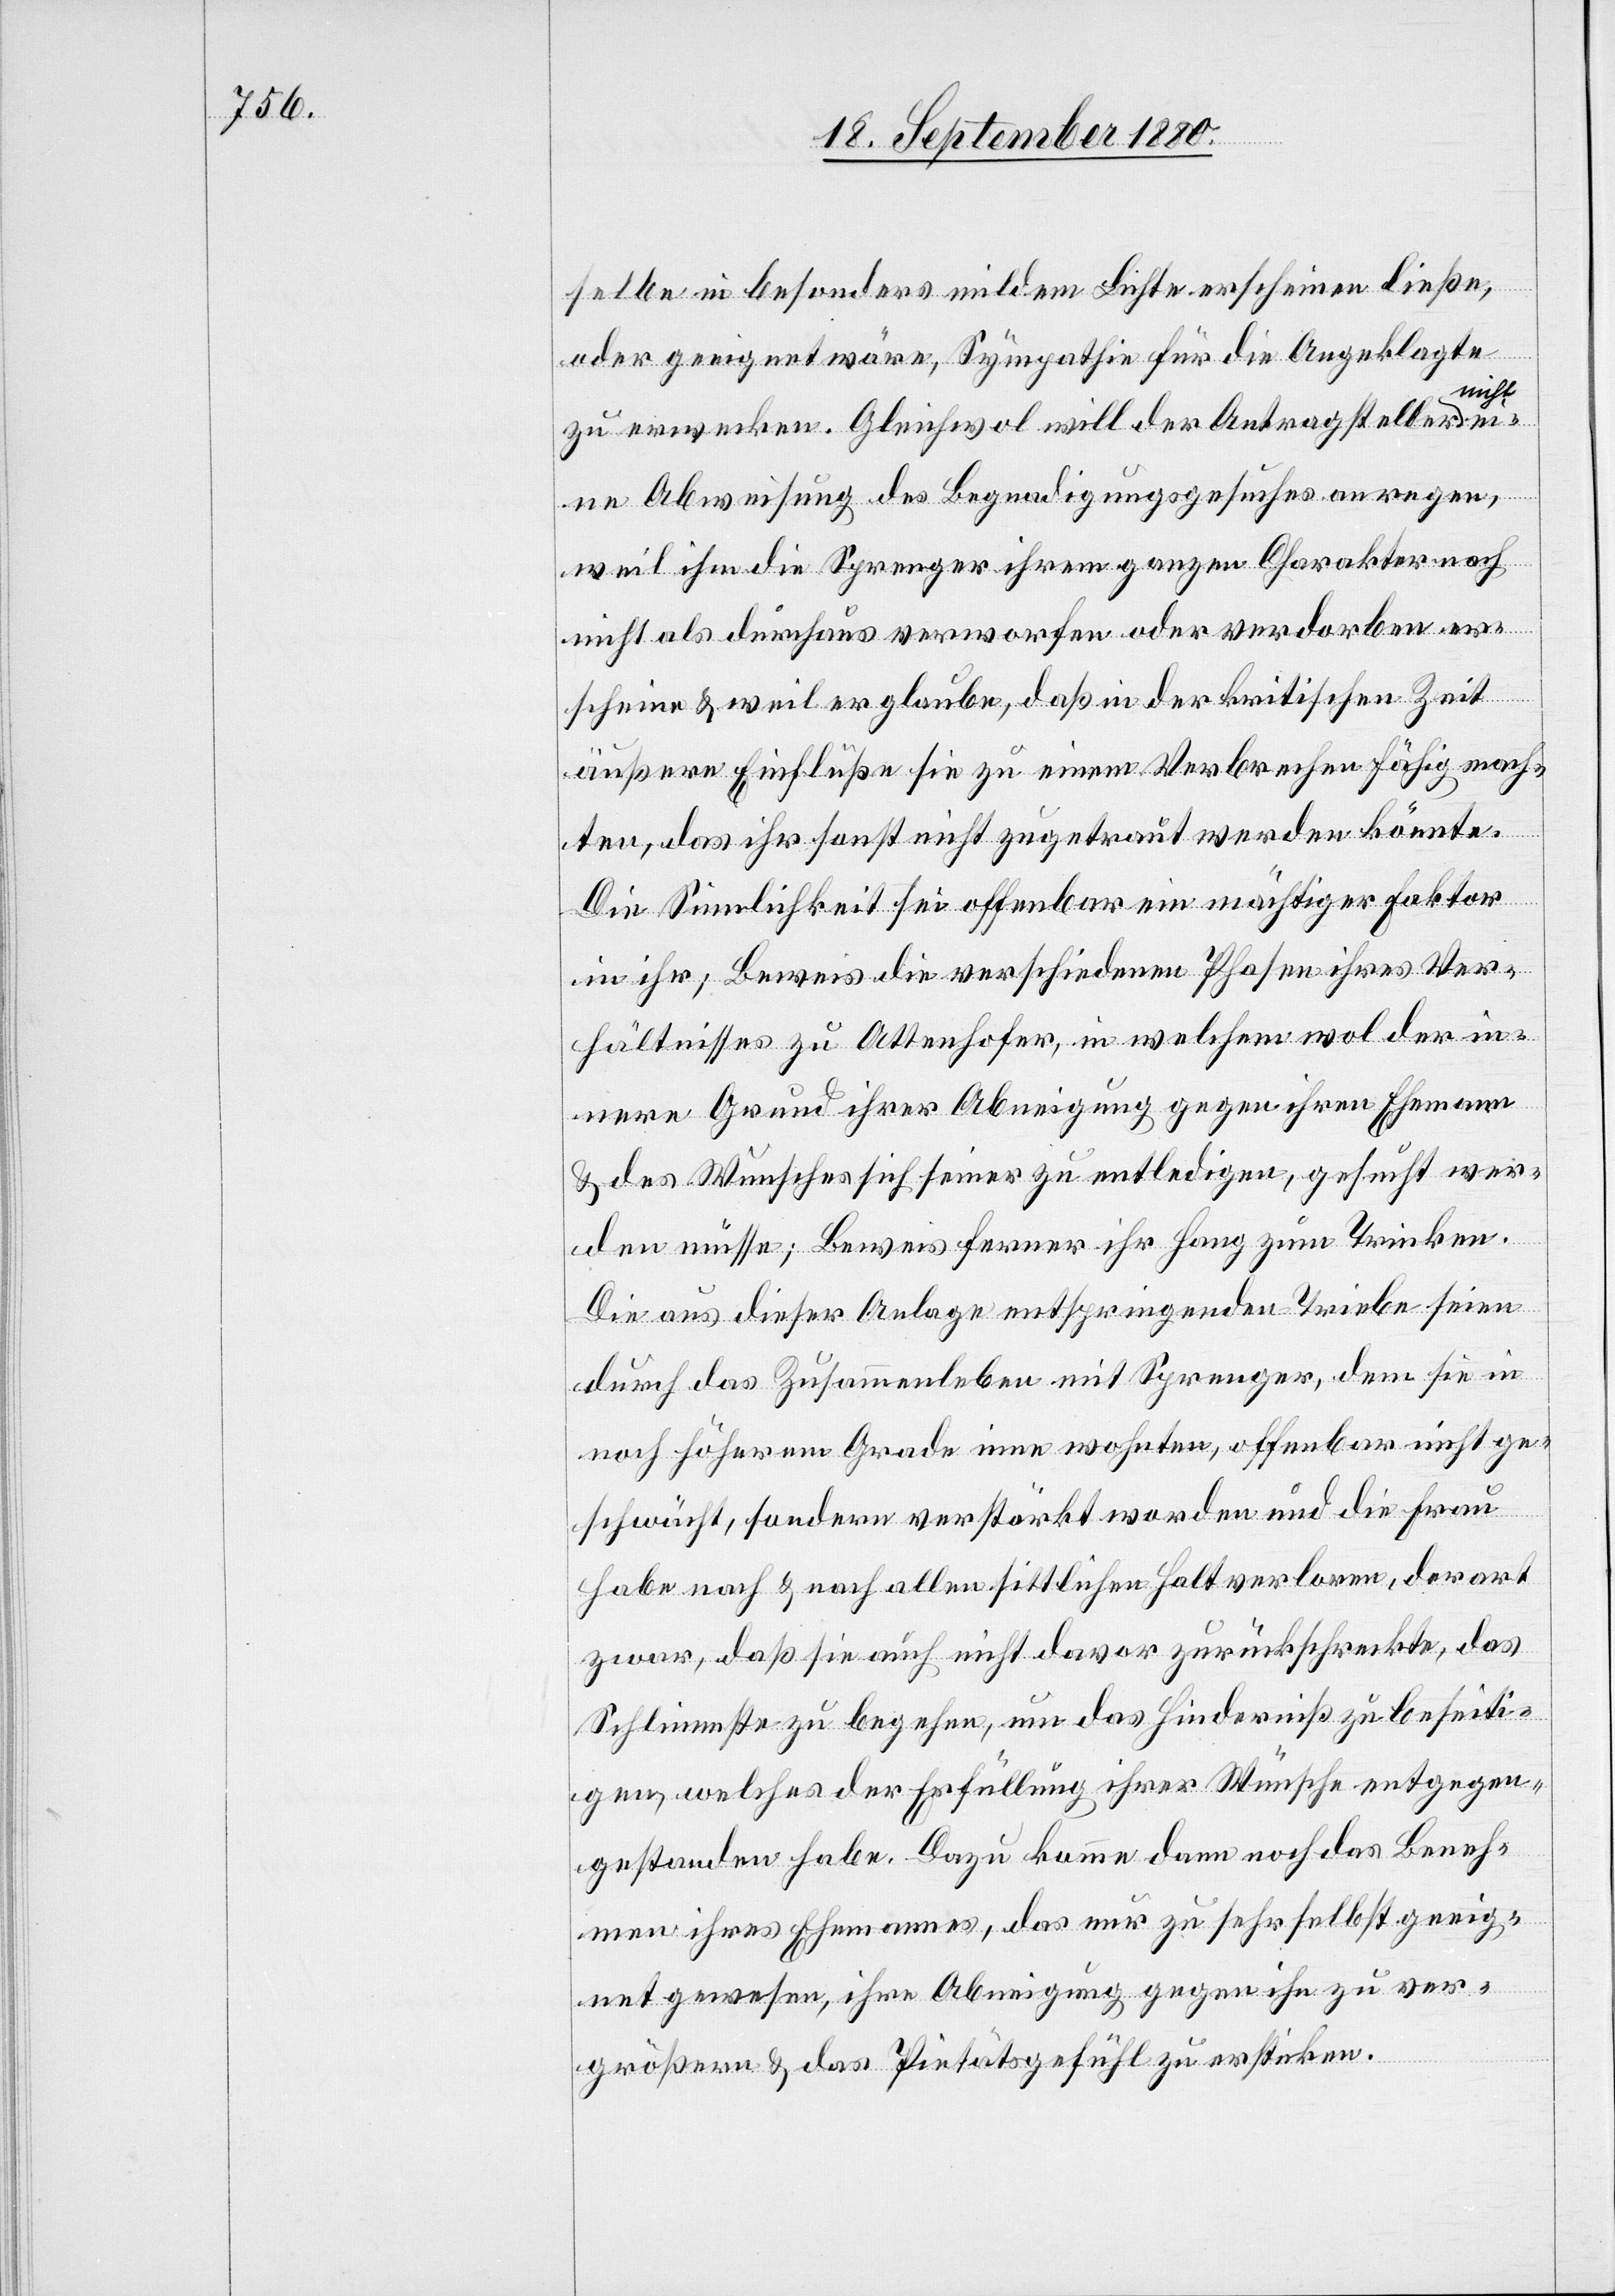
selbe in besonders mildem Lichte erscheinen ließe,
oder geeignet wäre, Sympathie für die Angeklagte
zu erwecken. Gleichwol will der Antragsteller
eine Abweisung des Begnadigungsgesuches anregen,
weil ihm die Sprenger ihrem ganzen Charakter nach
nicht als durchaus verworfen oder verdorben er¬
scheine & weil er glaube, daß in der kritischen Zeit
äußere Einflüße sie zu einem Verbrechen fähig mach¬
ten, das ihr sonst nicht zugetraut werden könnte.
Die Sinnlichkeit sei offenbar ein mächtiger Faktor
in ihr, Beweis die verschiedenen Phasen ihres Ver¬
hältnisses zu Attendorf, in welchem wol der in¬
nere Grund ihrer Abneigung gegen ihren Ehemann
& des Wunsches sich seiner zu entledigen, gesucht wer¬
den müsse; Beweis ferner ihr Hang zum Trinken.
Die aus dieser Anlage entspringenden Triebe seien
durch das Zusammenleben mit Sprenger, dem sie in
noch höherem Grade inne wohnten, offenbar nicht ge¬
schwächt, sondern verstärkt worden und die Frau
habe nach & nach allen sittlichen Halt verloren, derart
zwar, daß sie auch nicht davor zurückschreckte, das
Schlimmste zu begehen, um das Hinderniß zu beseiti¬
gen, welcher der Erfüllung ihrer Wünsche entgegen¬
gestanden habe. Dazu komme dann noch das Beneh¬
men ihres Ehemannes, das nur zu sehr selbst geeig¬
net gewesen, ihre Abneigung gegen ihn zu ver¬
größern & das Pietätsgefühl zu ersticken.